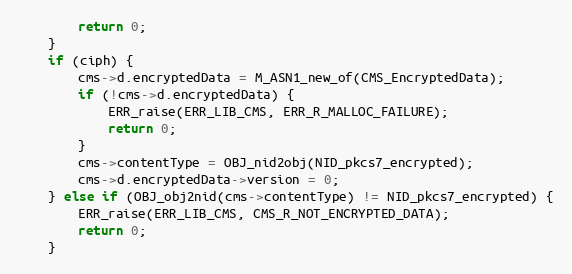
Language: C
        return 0;
    }
    if (ciph) {
        cms->d.encryptedData = M_ASN1_new_of(CMS_EncryptedData);
        if (!cms->d.encryptedData) {
            ERR_raise(ERR_LIB_CMS, ERR_R_MALLOC_FAILURE);
            return 0;
        }
        cms->contentType = OBJ_nid2obj(NID_pkcs7_encrypted);
        cms->d.encryptedData->version = 0;
    } else if (OBJ_obj2nid(cms->contentType) != NID_pkcs7_encrypted) {
        ERR_raise(ERR_LIB_CMS, CMS_R_NOT_ENCRYPTED_DATA);
        return 0;
    }